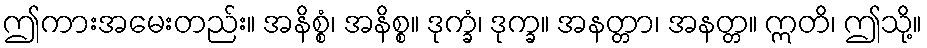
ဤကားအမေးတည်း။ အနိစ္စံ၊ အနိစ္စ။ ဒုက္ခံ၊ ဒုက္ခ။ အနတ္တာ၊ အနတ္တ။ ဣတိ၊ ဤသို့။